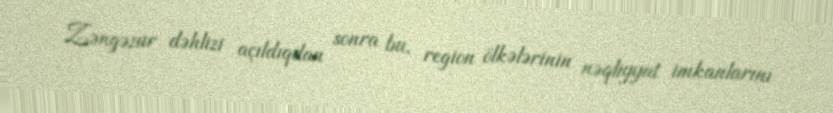
Zəngəzur dəhlizi açıldıqdan sonra bu, region ölkələrinin nəqliyyat imkanlarını